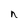
Character: n